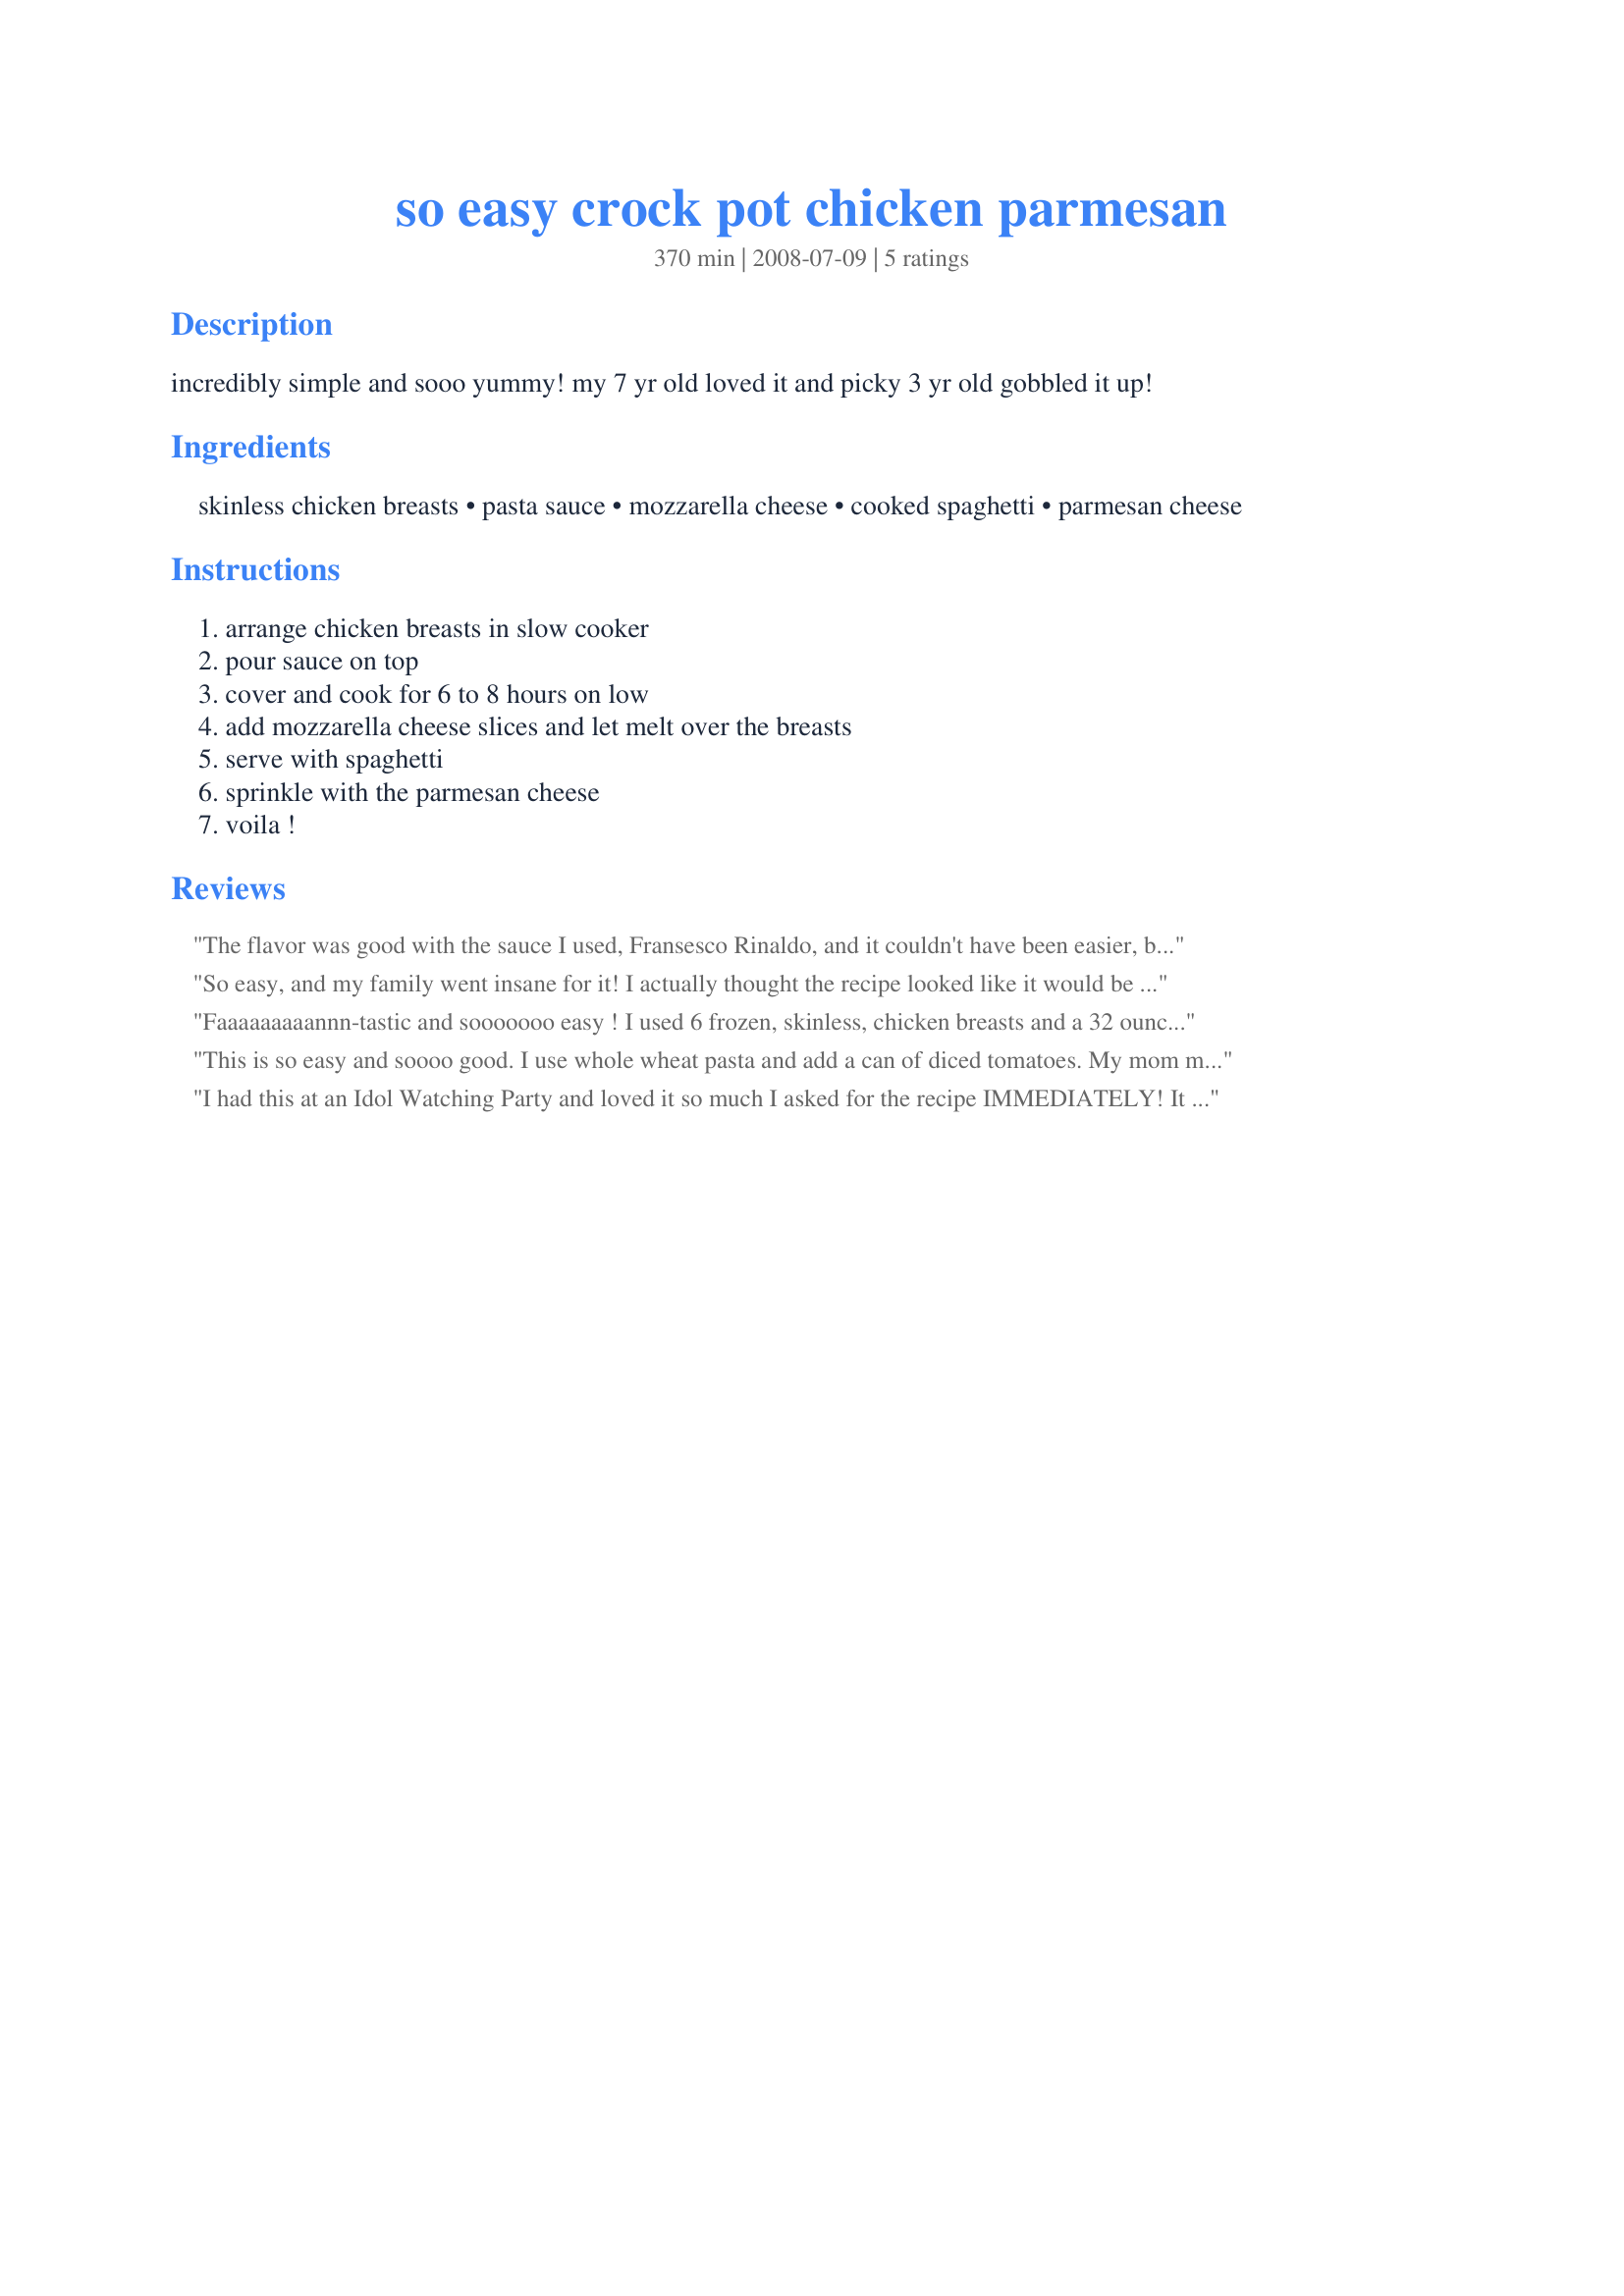
so easy crock pot chicken parmesan
Preparation time: 370 minutes

incredibly simple and sooo yummy! my 7 yr old loved it and picky 3 yr old gobbled it up!

Ingredients:
skinless chicken breasts, pasta sauce, mozzarella cheese, cooked spaghetti, parmesan cheese

Steps:
arrange chicken breasts in slow cooker, pour sauce on top, cover and cook for 6 to 8 hours on low, add mozzarella cheese slices and let melt over the breasts, serve with spaghetti, sprinkle with the parmesan cheese, voila !

Reviews:
The flavor was good with the sauce I used, Fransesco Rinaldo, and it couldn't have been easier, but the chicken was a little dry, surprisingly. I would still make it again
So easy, and my family went insane for it! I actually thought the recipe looked like it would be bland and boring, but it was great. It's the first table food that my 10-month-old ate without any playing... she was too bust shoveling it in her mouth by the fistful. I changed a few things... I threw some asiago in on top of the mozzarella, and used shredded instead of sliced cheese. I chopped some fresh basil and sprinkled it on top, and substituted gemelli for spaghetti, and it was enough of a change that my 4 year old (who does not like her spaghetti messed around with) loved it too. Great recipe, especially to be so simple and easy.
Faaaaaaaaannn-tastic and sooooooo easy ! I used 6 frozen, skinless, chicken breasts and a 32 ounce jar of Classico tomato basil with 1 cup of water. It was done perfectly after 8 hours. DH and my guest absolutely loved it. It was melt in your mouth moist and delicious. Thanks for this great keeper !
This is so easy and soooo good. I use whole wheat pasta and add a can of diced tomatoes. My mom made it this weekend and has now added it to her recipe book.
I had this at an Idol Watching Party and loved it so much I asked for the recipe IMMEDIATELY! It is sooo yummy! I can't wait to make it for my DH. :) Thanks for sharing!
